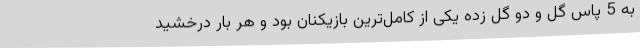
به 5 پاس گل و دو گل زده یکی از کامل‌ترین بازیکنان بود و هر بار درخشید